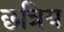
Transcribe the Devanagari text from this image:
छत्रिय